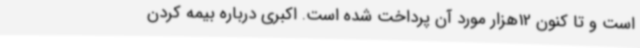
است و تا کنون 12هزار مورد آن پرداخت شده است. اکبری درباره بیمه کردن